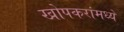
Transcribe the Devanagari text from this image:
खोपकरांमध्ये